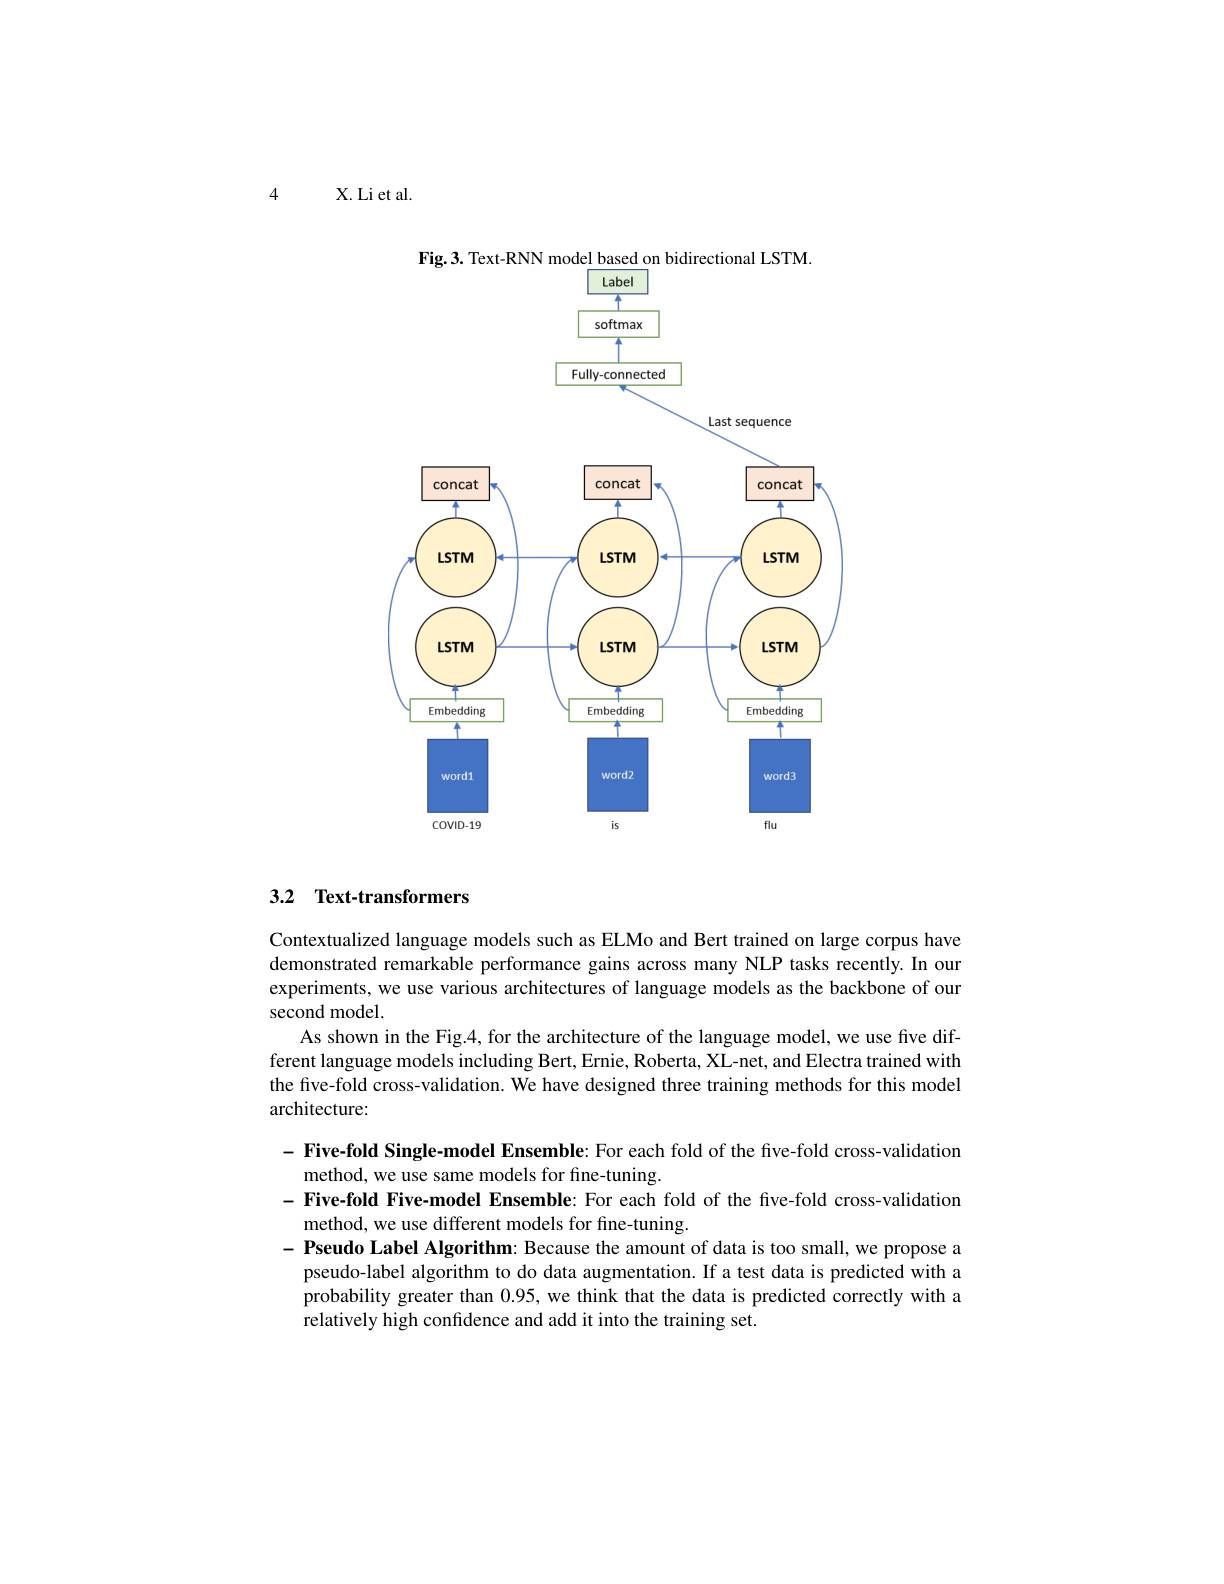
4 X.Li et al.

Fig.3. Text-RNN model based on bidirectional LSTM.
<FigureHere>

## 3.2 Text-transformers

Contextualized language models such as ELMo and Bert trained on large corpus have demonstrated remarkable performance gains across many NLP tasks recently. In our experiments, we use various architectures of language models as the backbone of our second model.
As shown in the Fig.4, for the architecture of the language model, we use five different language models including Bert, Ernie, Roberta, XL-net, and Electra trained with the five-fold cross-validation. We have designed three training methods for this model architecture:

- Five-fold Single-model Ensemble: For each fold of the five-fold cross-validation
method, we use same models for fine-tuning.
- Five-fold Five-model Ensemble: For each fold of the five-fold cross-validation
method, we use different models for fine-tuning.
$- \textbf{ Pseudo Label Algorithm: Because the amount of data is too small, we propose a}$
pseudo-label algorithm to do data augmentation. If a test data is predicted with a probability greater than 0.95, we think that the data is predicted correctly with a relatively high confidence and add it into the training set.